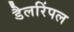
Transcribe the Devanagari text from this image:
डैलरिंपल